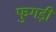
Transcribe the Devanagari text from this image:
फुगड़ी